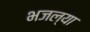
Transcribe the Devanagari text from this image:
भजल्या